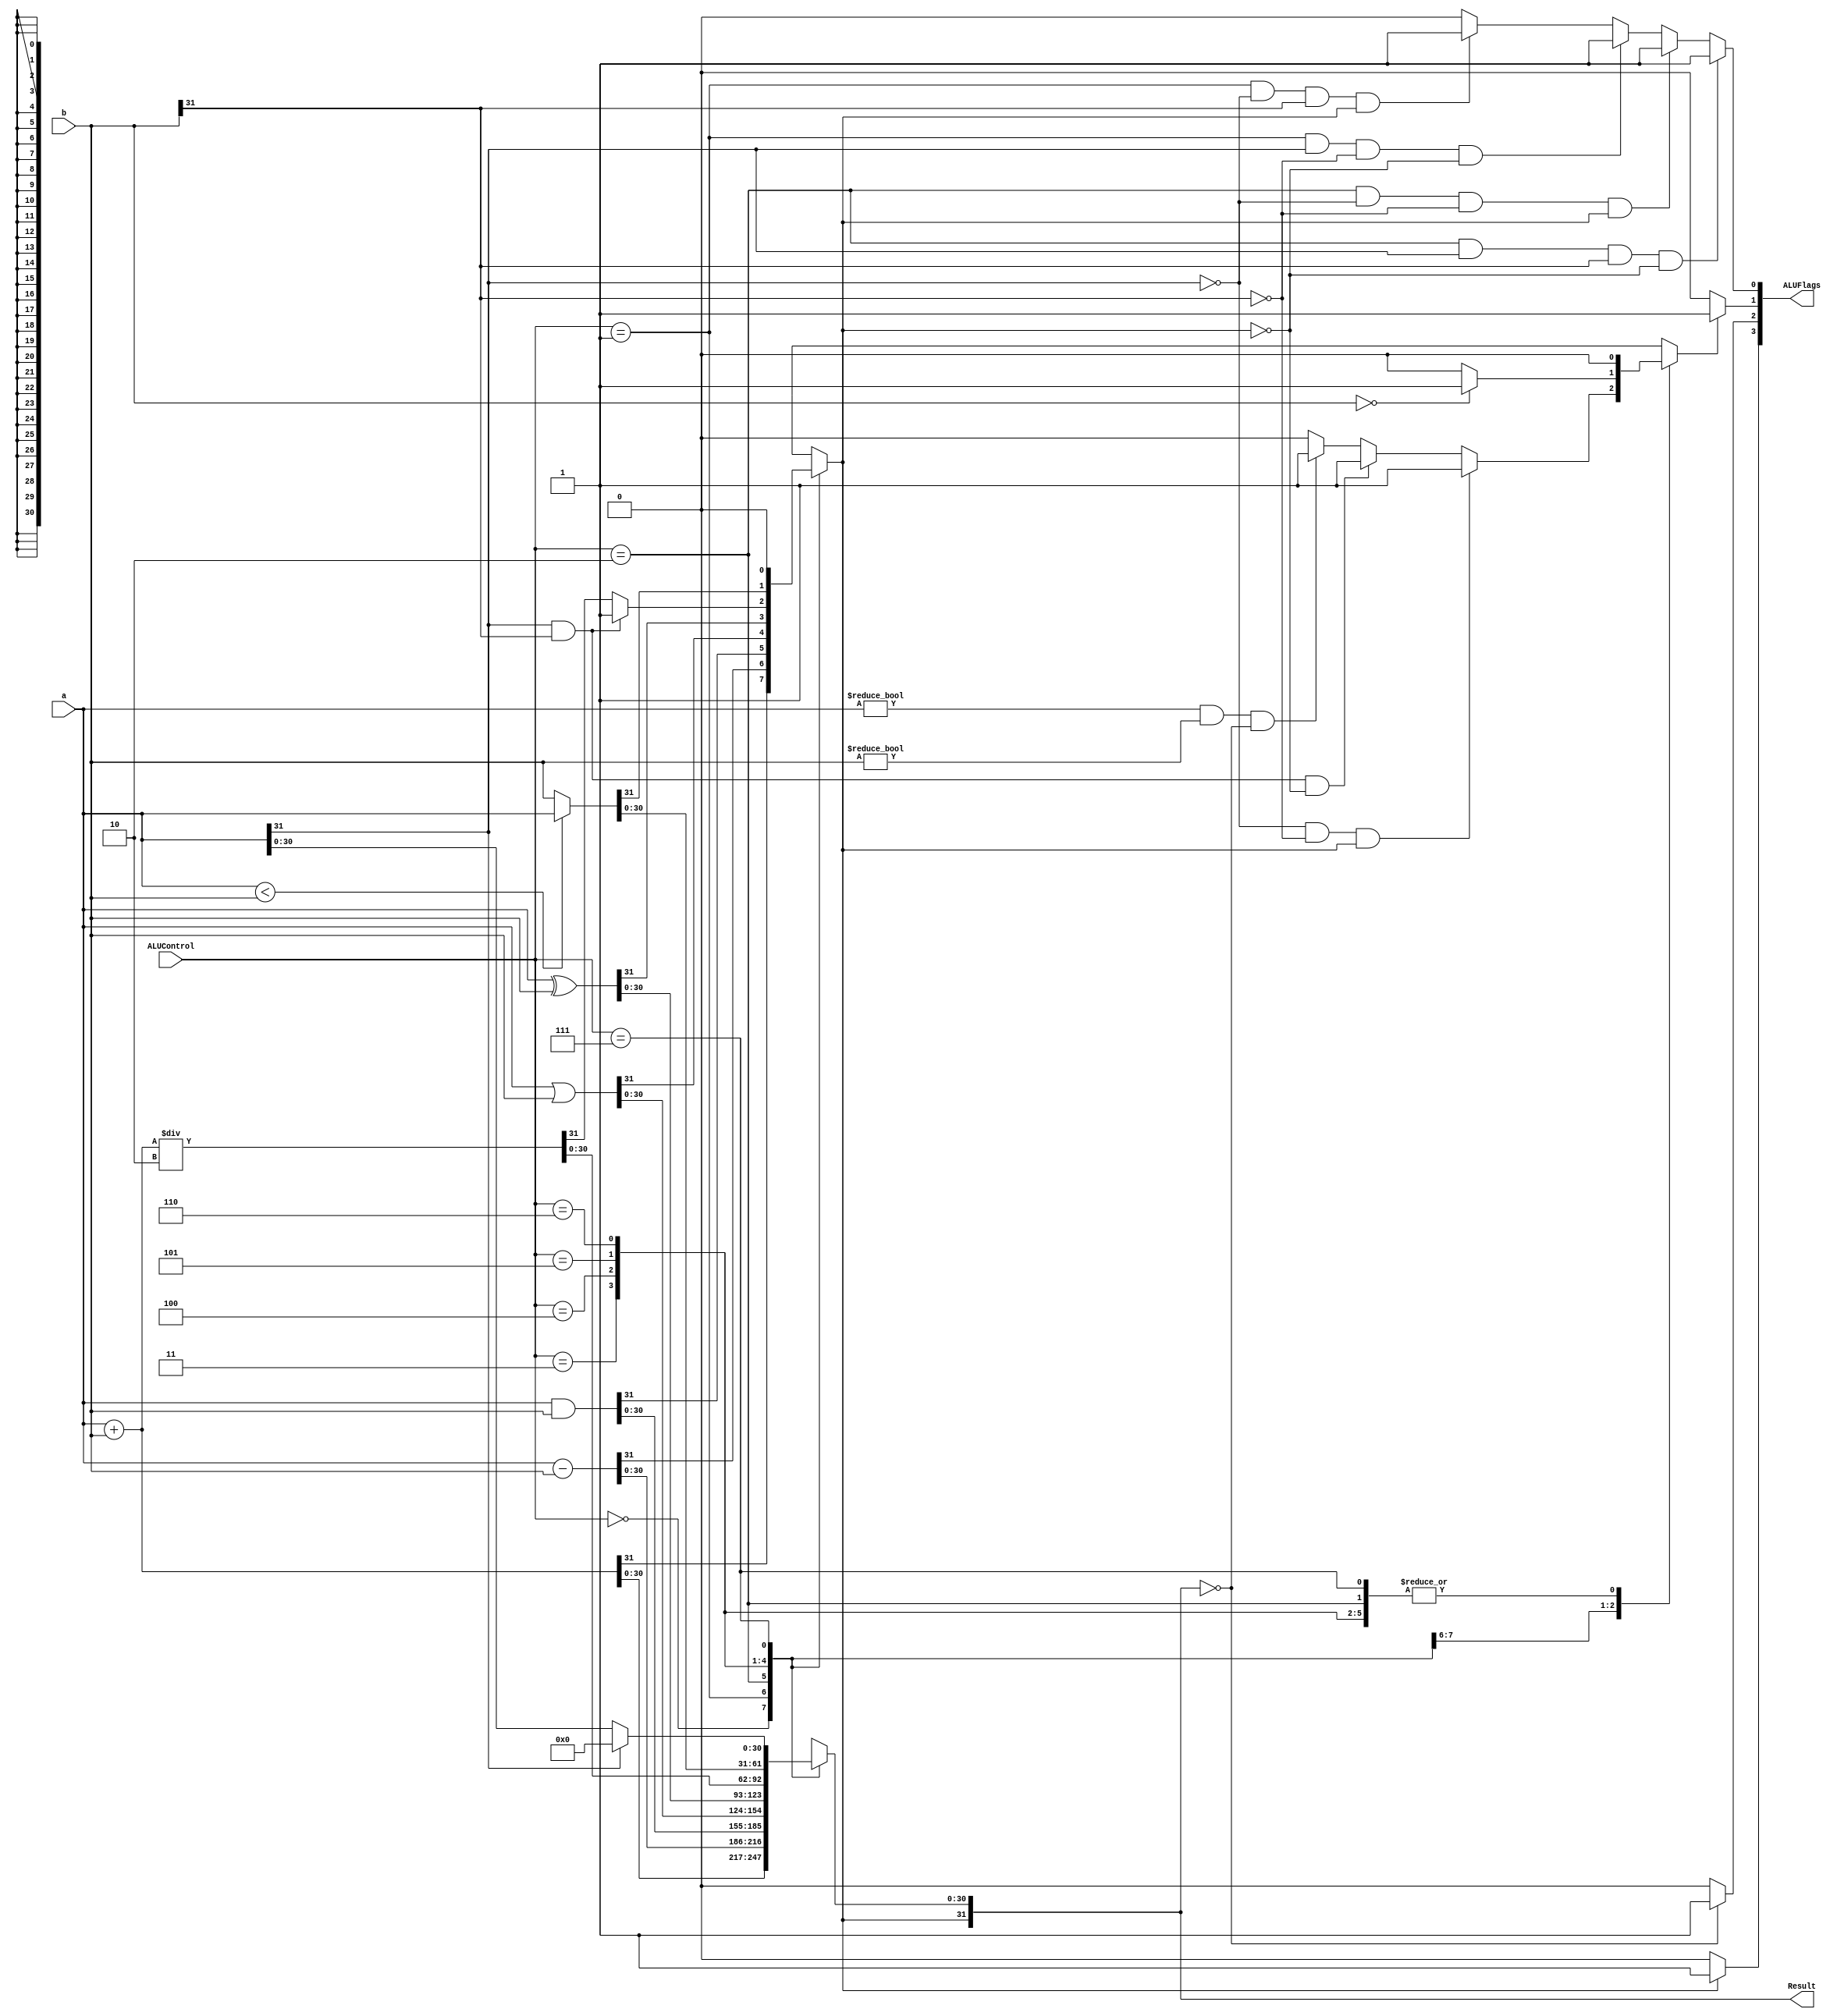
module alu #( parameter N = 32
) (
 a,
 b,
 ALUControl,
 Result,
 ALUFlags
);


input [N-1:0] a;
input [N-1:0] b;
input [2:0] ALUControl;
output reg [N-1:0] Result;
output [3:0] ALUFlags;
//3 Neg?, 2 0?, 1 Cout?, 0 OF?

wire neg_tmp;
wire zero_tmp;
wire cout_tmp;
wire oflow_tmp;
wire res_tmp;

reg flag;
reg cout;

assign zero_tmp = (Result == 0) ? 1 : 0;
assign oflow_tmp = ( (ALUControl==4'b0010) & a[31] & b[31] & ~Result[31]) ? 1 
                      :( (ALUControl==4'b0010) & ~a[31] & ~b[31] & Result[31]) ? 1 
                      :( (ALUControl==4'b0001) & a[31] & ~b[31] & ~(Result[31])) ? 1 
                      :( (ALUControl==4'b0001) & ~a[31] & b[31] & Result[31]) ? 1 
                      : 0;
assign neg_tmp = (Result[31] == 1) ? 1 : 0;
assign cout_tmp = (cout) ? 1 : 0;

assign ALUFlags[0] = oflow_tmp ;
assign ALUFlags[1] = cout_tmp ;
assign ALUFlags[2] = zero_tmp ;
assign ALUFlags[3] = neg_tmp ;

always@(a, b, ALUControl, ALUFlags)begin
    
    case(ALUControl)
        3'b000:begin //add

            Result <= a + b;
            if(a[31] == 0 && b[31] == 0 && Result[31] == 1) cout <= 1;
            else if(a[31] == 1 && b[31] == 1 && Result[31] == 0) cout <= 1;
				else if(a != 0 && b != 0 && Result == 0) cout <= 1;

				else cout <= 0;
        end
        3'b001:begin //sub
 
            Result <= a - b;
            if(b == 0) cout <= 1;
				else cout <= 0;
        end
        3'b010:begin //and

            Result <= a & b;
            cout <= 0;
        end
        3'b011:begin //or

            Result <= a | b;
            cout <= 0;

        end
        3'b100:begin //xor

            Result <= a ^ b;
            cout <= 0;

        end
        3'b101:begin //mean

            Result <= (a + b) / 2;
				if(a[31] && b[31]) Result[31] <= 1;
            cout <= 0;

        end
        3'b110:begin //min

            Result <= (a < b) ? a : b;
            cout <= 0;

        end
        3'b111:begin //Re

            Result <= (a[31] == 0) ? a : 0;
            cout <= 0;
        end
          default: ;

endcase

end

endmodule